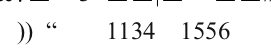
)) [    1134  1556